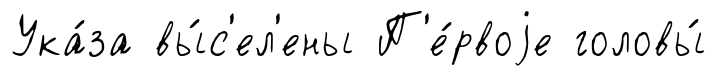
Ука́за вы́с'ел'ены П'е́рвоjе головы́